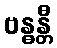
ဗန္ဓန္တီ